Distribution and causation of leprosy in British India
Year: 1875
Disease focus: Leprosy
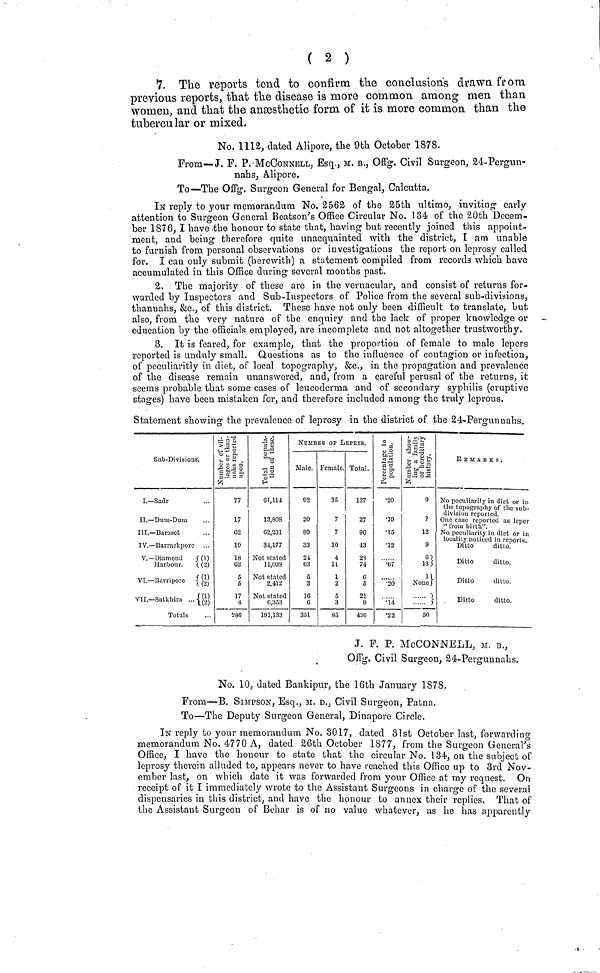
( 2 )
7. The reports tend to confirm the conclusion's drawn from
previous reports, that the disease is more common among men than
women, and that the anæsthetic form of it is more common than the
tubercular or mixed.
No. 1112, dated Alipore, the 9th October 1878.
From—J. F. P. McCONNELL, Esq., M. B., Offg. Civil Surgeon, 24-Pergun-
nahs, Alipore.
To—The Offg. Surgeon General for Bengal, Calcutta.
IN reply to your memorandum No. 2562 of the 25th ultimo, inviting- early
attention to Surgeon General Beatson's Office Circular No. 134 of the 20th Decem-
ber 1876, I have the honour to state that, having but recently joined this appoint-
ment, and being therefore quite unacquainted with the district, I am unable
to furnish from personal observations or iuvestigatious the report on leprosy called
for. I can only submit (herewith) a statement compiled from records which have
accumulated in this Office during several months past.
2. The majority of these are in the vernacular, and consist of returns for-
warded by Inspectors and Sub-Inspectors of Police from the several sub-divisions,
thannahs, &c., of this district. These have not only been difficult to translate, but
also, from the very nature of the enquiry and the lack of proper knowledge or
education by the officials employed, are incomplete and not altogether trustworthy.
3. It is feared, for example, that the proportion of female to male lepers
reported is unduly small. Questions as to the influence of contagion or infection,
of peculiaritly in diet, of local topography, &c., in the propagation and prevalence
of the disease remain unanswered, and, from a careful perusal of the returns, it
seems probable that some cases of leucoderma and of secondary syphilis (eruptive
stages) have been mistaken for, and therefore included among the truly leprous.
Statement showing the prevalcnce of leprosy in the district of the 24-Pergunnahs.
Sub-Divisions.
I.— Sadr
II. — Dum-Dum
III.— Baraset
IV. — Barraekpore
V.— Diamond
(1)
Harbour.
(2)
VI. — Barriporo
(1)
(1)
VII. — Satkhira
(2)
Totals
77
17
G2
10
IS
02
5
5
17
4
286
61,114
13,808
62,231
34,177
Not stated
11,038
Not stated
2,412
Not stated
6,353
101,133
NUMBER OF LEPERS.
Male. Female. Total.
92
20
89
33
2-i
63
5
3
16
G
351
35
7
7
10
4
11
1
2
5
3
85
127
27
96
•13
23
74
0
6
21
9
430
•20
•19
•15
•12
.67
•20
.14
•22
9
?
12
9
G
13
1 None)
•)
....:: }
50
No peculiarity in diet or in
the topography of the sub-
division reported.
One case reported as leper
" from birth".
No peculiarity in diet or in
locality noticed in reports.
Ditto
ditto.
Ditto
ditto.
TV
Ditto
ditto.
Ditto
ditto.
J. F. P. McCONNELL, M. B.,
Offg. Civil Surgeon, 24-Pergunnahs.
No. 10, dated Bankipur, the 16th January 1878.
From—B. SIMPSON, Esq., M. D., Civil Surgeon, Patna.
To—The Deputy Surgeon General, Dinapore Circle.
IN reply to your memorandum No. 3017, dated 31st October last, forwarding
memorandum No. 4770 A, dated 26th October 1877, from the Surgeon General's
Office, I have the honour to state that the circular No. 134, on the subject of
leprosy therein alluded to, appears never to have reached this Office up to 3rd Nov-
ember last, on which date it was forwarded from your Office at my request. On
receipt of it I immediately wrote to the Assistant Surgeons in charge of the several
dispensaries in this district, and have the honour to annex their replies. That of
the Assistant Surgeon of Behar is of no value whatever, as he has apparently